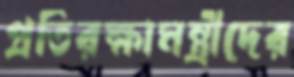
প্রতিরক্ষামন্ত্রীদের